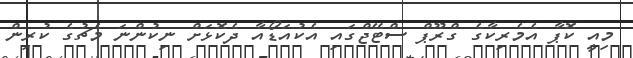
މިއީ ކޮޕާ އެމެރިކާގެ ގްރޫޕް ސްޓޭޖްގައި އެކުއަޑޯއާ ދެކޮޅަށް ނިކުންނަ މެޗުގެ ކުރިން